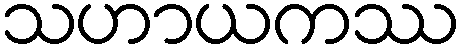
သဟာယကဿ